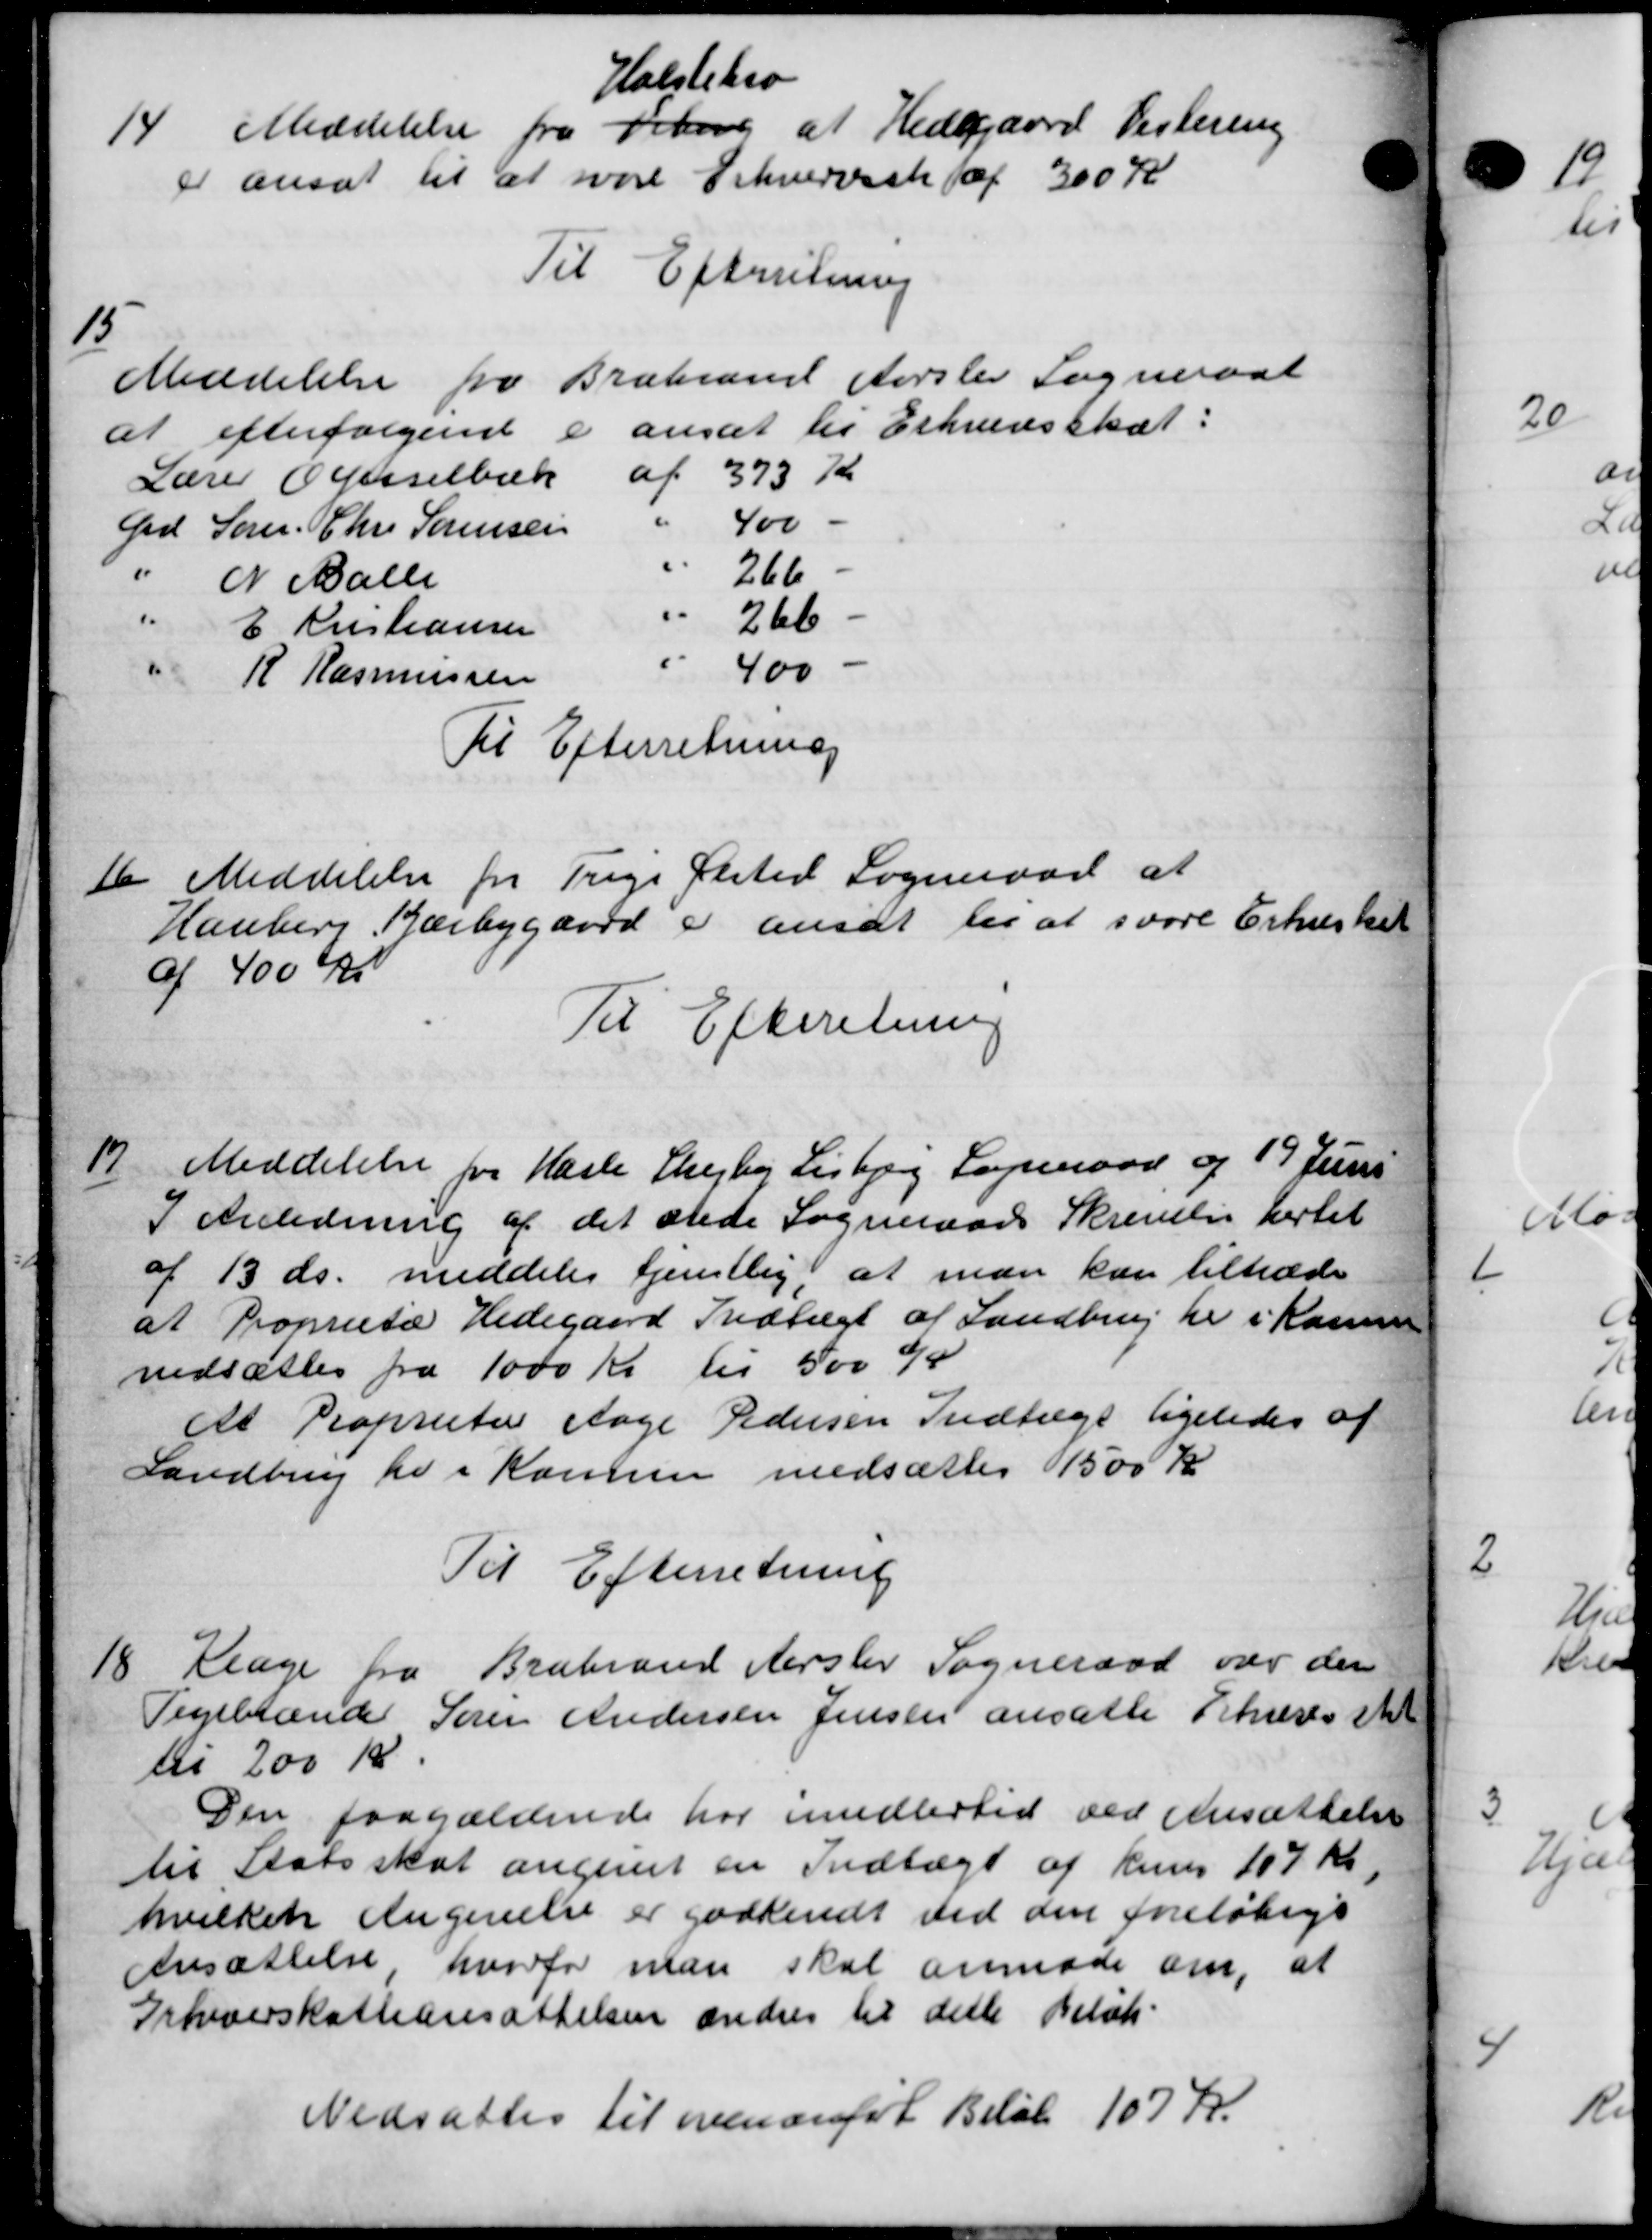
Transskription:
Holstebro
14 Meddelelse fra Viborg af Hedegaard Vestering
14 Meddelelse fra Viborg af Hedegaard Vestering
er ansat til at svare Erhvervssk af 300 Kr
Til Efterretning

Meddelelse fra Brabrand Aarslev Sogneraad
at efterfølgende
e ansat til Erhvervsskat:
Lærer Hesselbæk
af 373 Kr
Grd. Søren Chr. Sørensen
400
" N Balle
266
" E Kristiansen
266
R Rasmussen
400
Til Efterretning
d
Meddelelse fra Trige Ølsted Sogneraad at
Hauberg, Karbygaard er ansat til at svare Erhverket
af 400 Kr
Til Efterretning
19
Meddelelse fra Hasle Skejby Lisbjerg Sogneraad og 19 Juni
I Anledning af det stede Sogneraads Skrivelse hertil
af 13 ds. meddeles Gjentlig at man kan tiltræde
at Proprietær Hedegaard Indtægt af Landbrug her i Rasmu
nedsættes fra 1000 Kr til 500 K
At Proprietær Aage Pedersen Indtægt ligeledes af
Landbrug for i Kommen nedsættes 1500 Kr
Til Efterretning

Klage fra Brabrand Aarslev Sogneraad var der
Pegebrænder Søren Andersen Jensen ansatte Skæres stik
til 200 Kr.
Den paagældende har imidlertid ved Ansættelse
til Statsskat angivet en Indtægt af kuns 107 Kr.
hvilken Angivelse er godkendt ved den foreløbige
Ansættelse, hvorfor man skal anmode om, at
Orkiverskatteansættelsen ændres til dette Beløb
Nedsættes til ovenanfør Beløb 107 Kr.